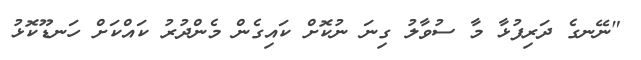
"ނޭނގެ ދަރިފުޅާ މާ ސުވާލު ގިނަ ނުކޮށް ކައިގެން މެންދުރު ކައްކަށް ހަނޑޫކޮޅު